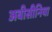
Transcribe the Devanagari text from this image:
अबीसीनिया